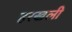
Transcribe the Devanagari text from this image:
हरखली